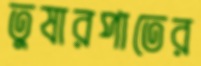
তুষারপাতের